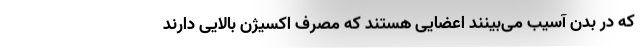
که در بدن آسیب می‌بینند اعضایی هستند که مصرف اکسیژن بالایی دارند